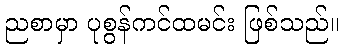
ညစာမှာ ပုစွန်ကင်ထမင်း ဖြစ်သည်။